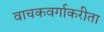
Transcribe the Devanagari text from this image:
वाचकवर्गाकरीता